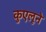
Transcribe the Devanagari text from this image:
कुएलूने